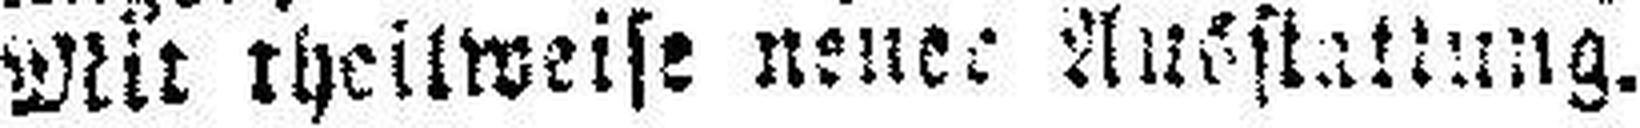
Mit theilweise neuer Ausstallung.